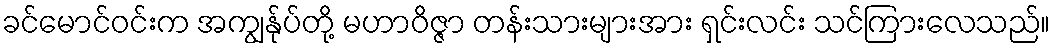
ခင်မောင်ဝင်းက အကျွန်ုပ်တို့ မဟာဝိဇ္ဇာ တန်းသားများအား ရှင်းလင်း သင်ကြားလေသည်။